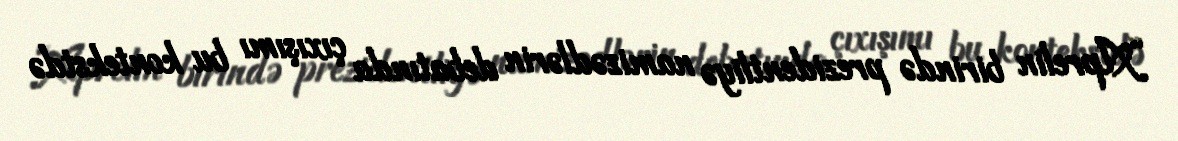
“Aprelin birində prezidentliyə namizədlərin debatında çıxışımı bu kontekstdə